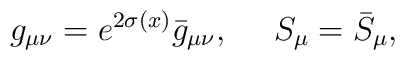
g_{\mu\nu} = e^{2\sigma (x)} \bar{g}_{\mu\nu}, \ \ \ \ S_\mu=\bar{S}_\mu,